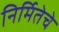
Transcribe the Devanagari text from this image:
निर्मितेचे